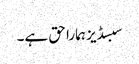
سبسڈیز ہمارا حق ہے۔